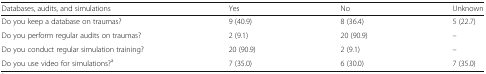
| Databases, audits, and simulations | Yes | No | Unknown |
 | --- | --- | --- | --- |
 | Do you keep a database on traumas? | 9 (40.9) | 8 (36.4) | 5 (22.7) |
 | Do you perform regular audits on traumas? | 2 (9.1) | 20 (90.9) | – |
 | Do you conduct regular simulation training? | 20 (90.9) | 2 (9.1) | – |
 | Do you use video for simulations?a | 7 (35.0) | 6 (30.0) | 7 (35.0) |